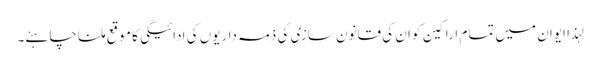
لہذا ایوان میں تمام اراکین کو ان کی قانون سازی کی ذمہ داریوں کی ادائیگی کا موقع ملنا چاہئے۔